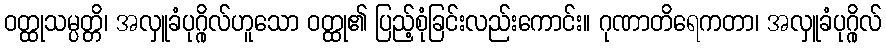
ဝတ္ထုသမ္ပတ္တိ၊ အလှူခံပုဂ္ဂိုလ်ဟူသော ဝတ္ထု၏ ပြည့်စုံခြင်းလည်းကောင်း။ ဂုဏာတိရေကတာ၊ အလှူခံပုဂ္ဂိုလ်